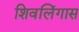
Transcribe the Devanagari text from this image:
शिवलिंगास